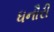
ધનૌરી